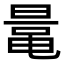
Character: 鼌